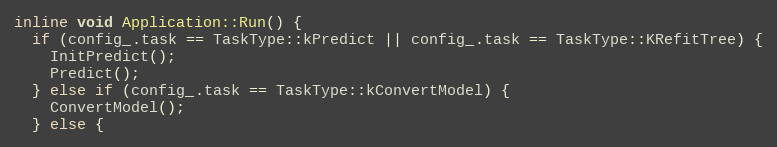
Language: C
inline void Application::Run() {
  if (config_.task == TaskType::kPredict || config_.task == TaskType::KRefitTree) {
    InitPredict();
    Predict();
  } else if (config_.task == TaskType::kConvertModel) {
    ConvertModel();
  } else {